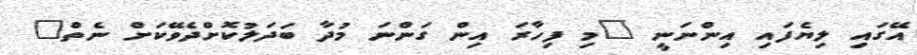
އޭގައި ލިޔެފައި އިންނަނީ "މި ފިހާރަ އިން ގަންނަ މުދާ ބަދަލުކޮށްދެވޭކަށް ނެތް"